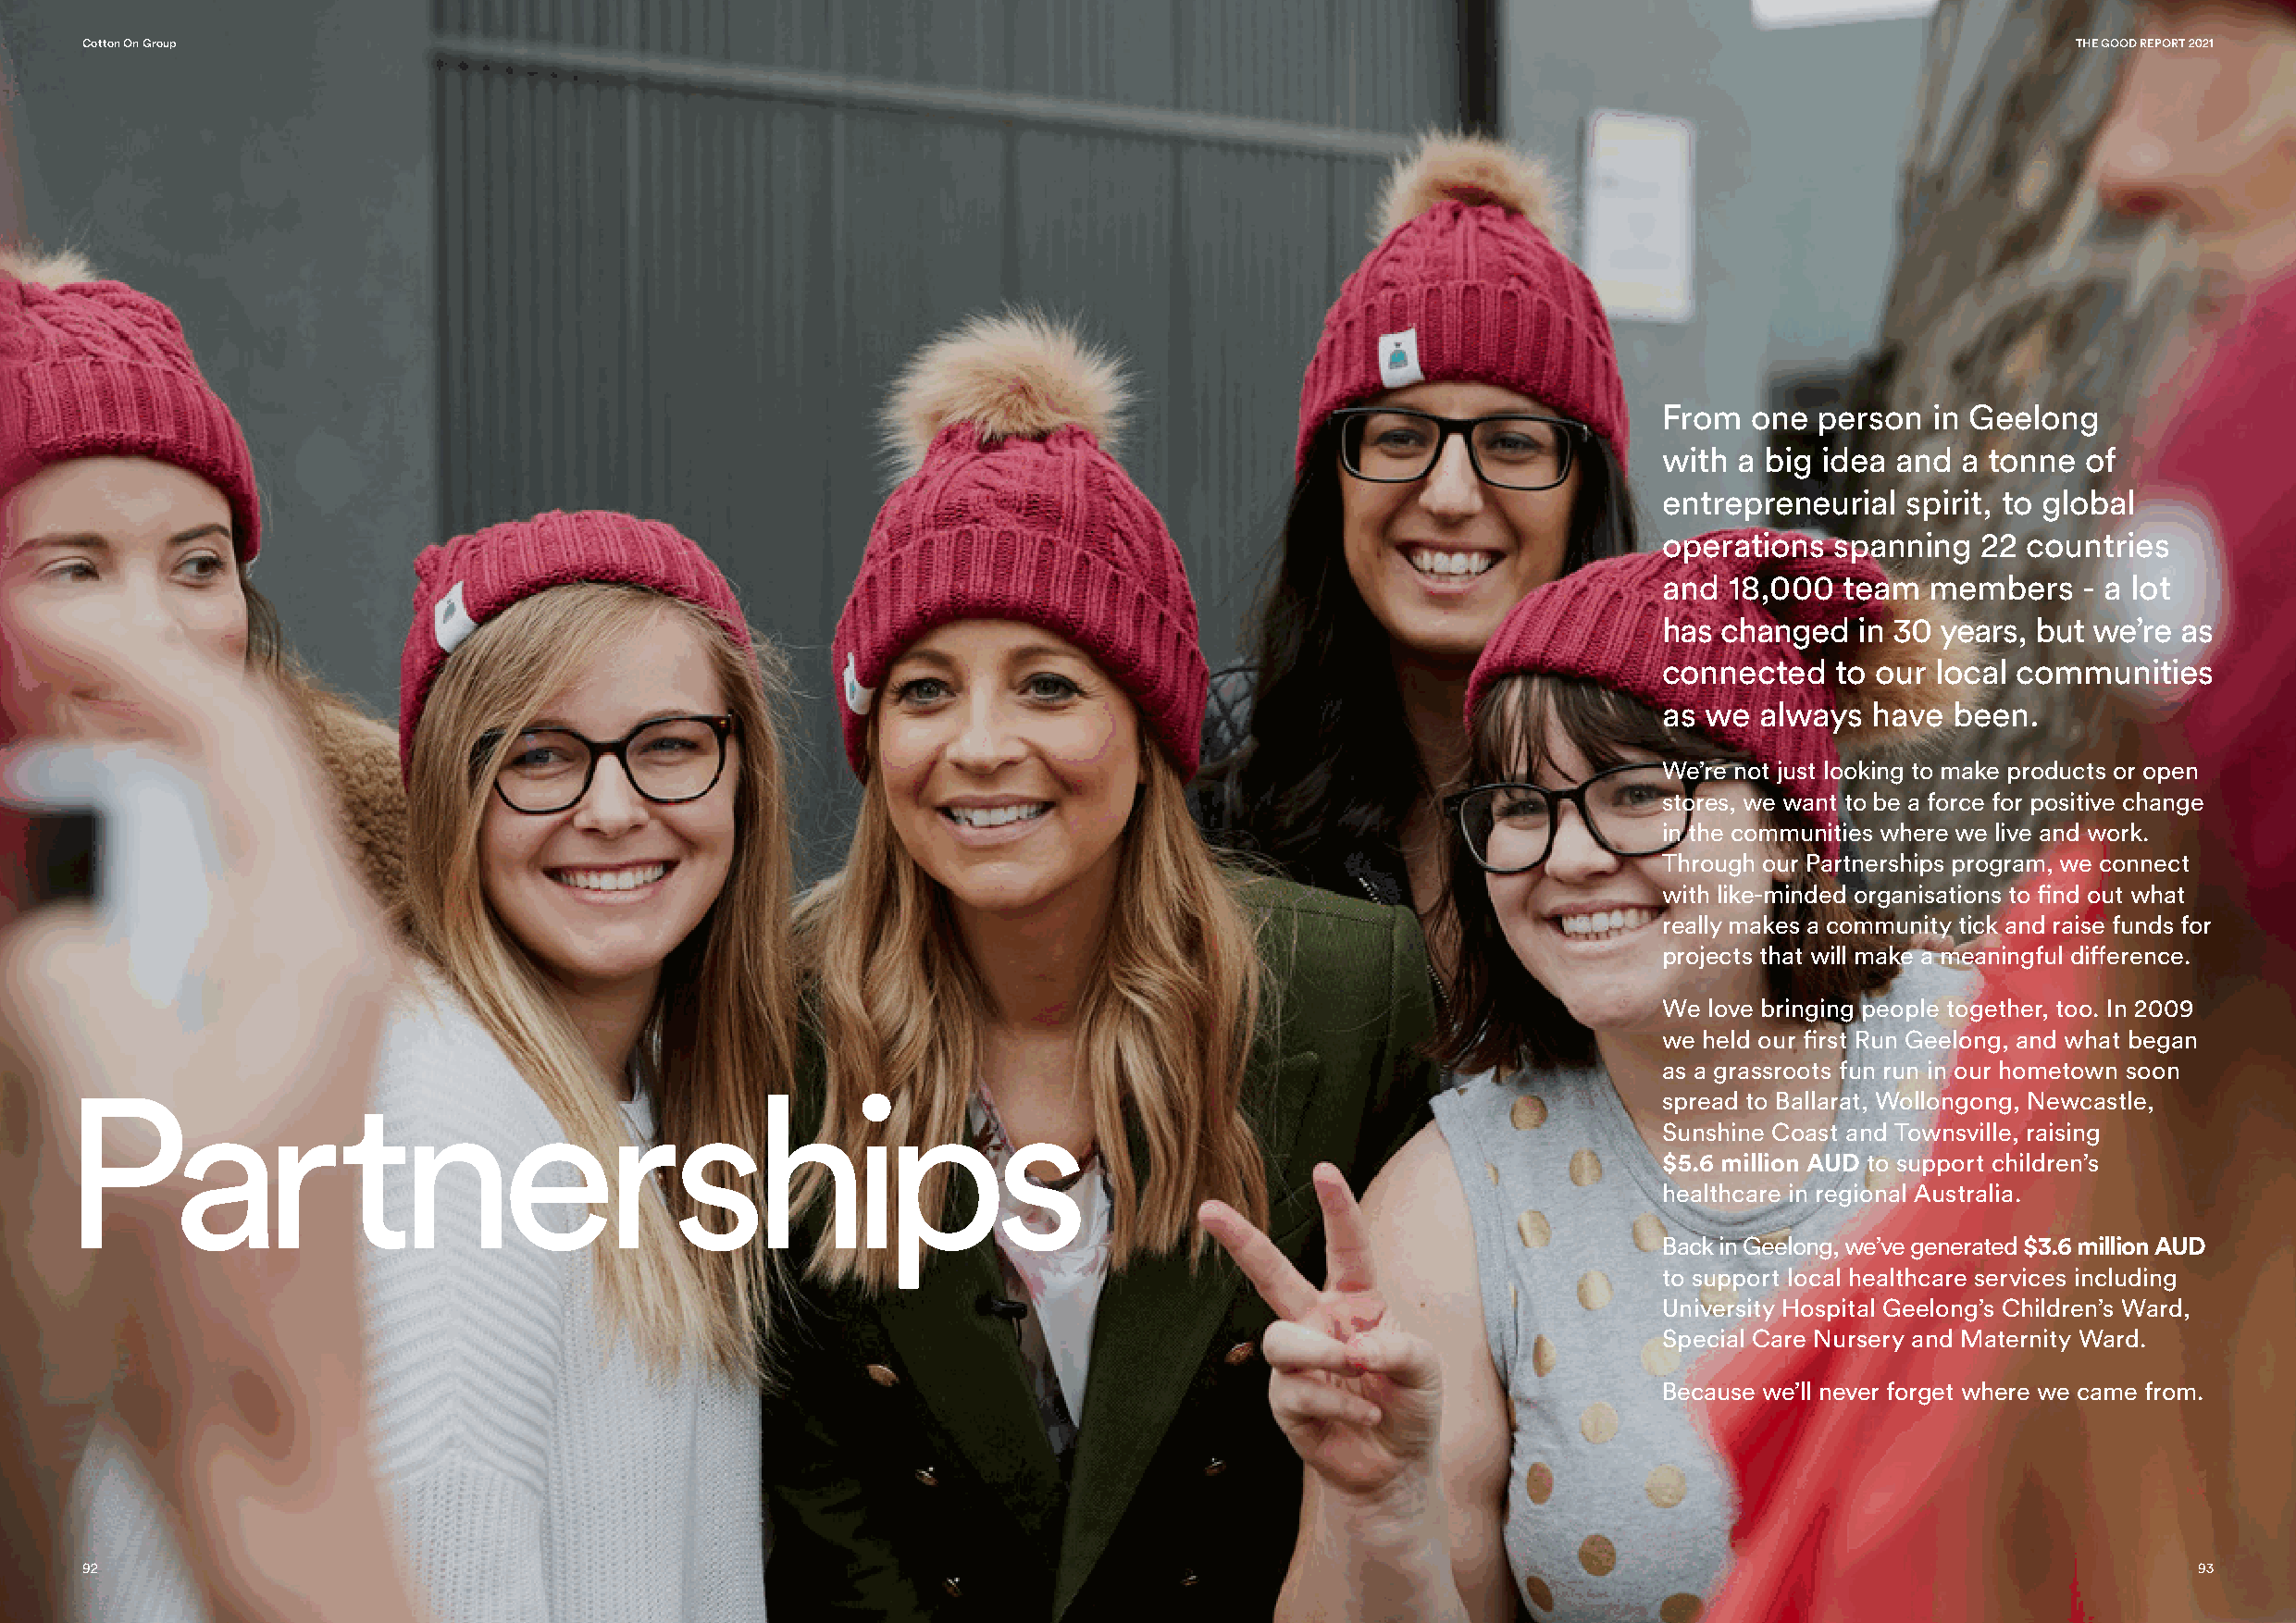
Cotton On Group                                                                                                                               THE GOOD REPORT 2021
 From  one  person  in Geelong
 with a big idea  and a tonne  of
 entrepreneurial  spirit, to global
 operations  spanning   22 countries
 and  18,000  team  members    - a lot
 has changed   in 30 years, but we’re as
 connected   to our local communities
 as we  always  have  been.
 We’re not just looking to make products or open
 stores, we want to be a force for positive change
 in the communities where we live and work.
 Through our Partnerships program, we connect
 with like-minded organisations to find out what
 really makes a community tick and raise funds for
 projects that will make a meaningful difference.
 We love bringing people together, too. In 2009
 we held our first Run Geelong, and what began
 as a grassroots fun run in our hometown soon
 Partnerships
 spread to Ballarat, Wollongong, Newcastle,
 Sunshine Coast and Townsville, raising
 $5.6 million AUD to support children’s
 healthcare in regional Australia.
 Back in Geelong, we’ve generated $3.6 million AUD
 to support local healthcare services including
 University Hospital Geelong’s Children’s Ward,
 Special Care Nursery and Maternity Ward.
 Because we’ll never forget where we came from.
 92                                                                                                                                                     93